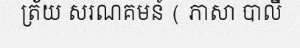
ត្រ័យ សរណគមន៍ ( ភាសា បាលី